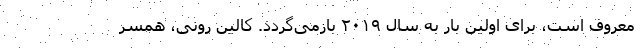
معروف است، برای اولین بار به سال ۲۰۱۹ بازمی‌گردد. کالین رونی، همسر